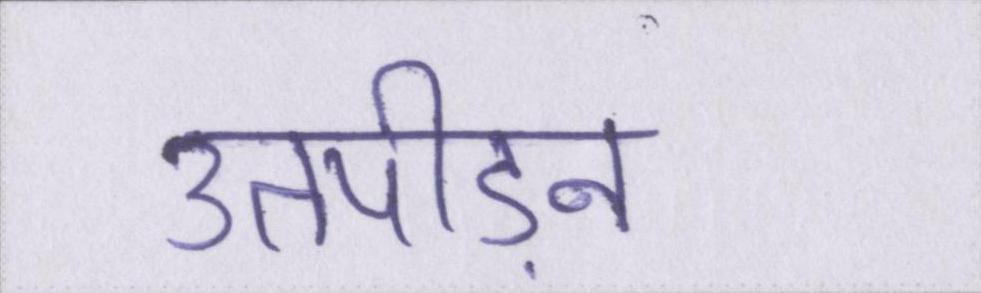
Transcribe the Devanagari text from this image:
उतपीड़न